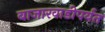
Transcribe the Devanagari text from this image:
बाजारवाडीपर्यंत